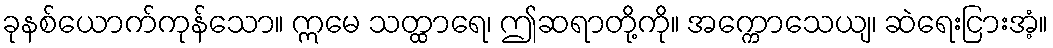
ခုနစ်ယောက်ကုန်သော။ ဣမေ သတ္ထာရေ၊ ဤဆရာတို့ကို။ အက္ကောသေယျ၊ ဆဲရေးငြားအံ့။